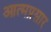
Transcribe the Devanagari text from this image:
आत्मप्रसार